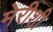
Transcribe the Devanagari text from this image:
मेरीशी